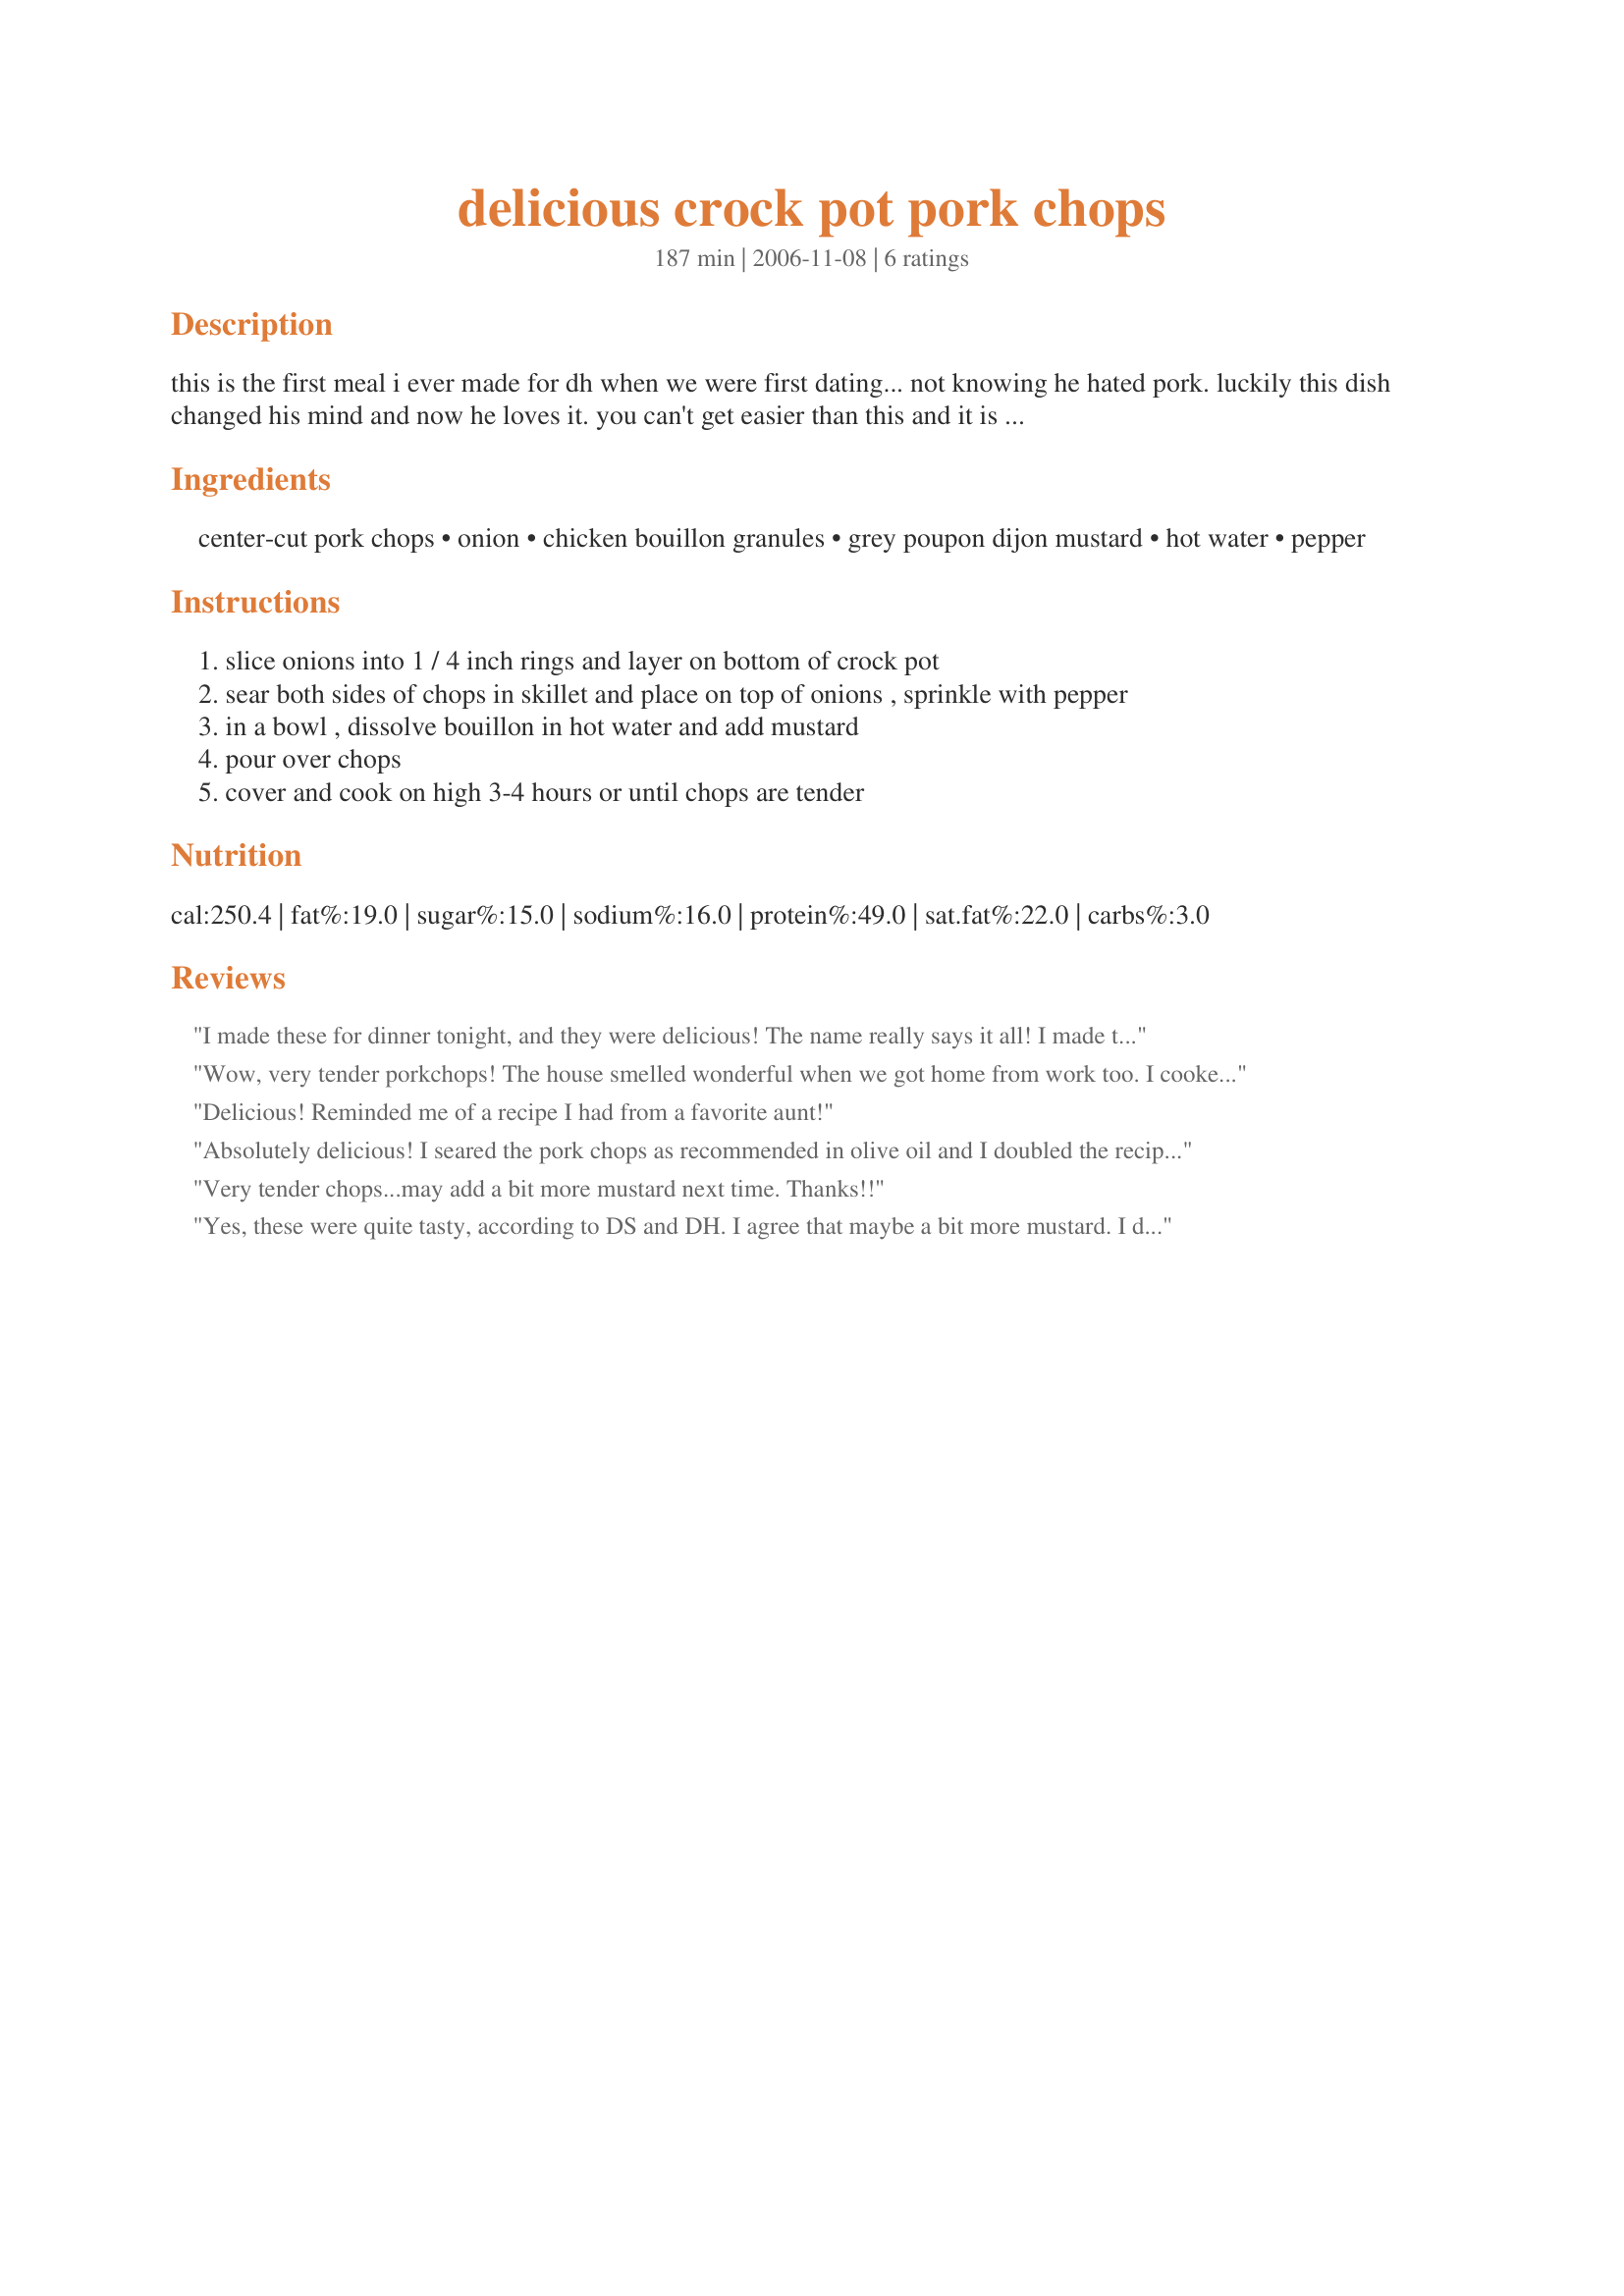
delicious crock pot pork chops
Preparation time: 187 minutes

this is the first meal i ever made for dh when we were first dating... not knowing he hated pork. luckily this dish changed his mind and now he loves it. you can't get easier than this and it is so tasty! the chops don't have to be seared first if you don't have time but it definitely adds to the flavor. i like to serve over white rice.

Ingredients:
center-cut pork chops, onion, chicken bouillon granules, grey poupon dijon mustard, hot water, pepper

Steps:
slice onions into 1 / 4 inch rings and layer on bottom of crock pot
sear both sides of chops in skillet and place on top of onions , sprinkle with pepper
in a bowl , dissolve bouillon in hot water and add mustard
pour over chops
cover and cook on high 3-4 hours or until chops are tender

Reviews:
I made these for dinner tonight, and they were delicious! The name really says it all! I made this recipe exactly as written, and the chops were perfect. I think you're right about searing the chops first, they had a nice crust on them when they were done and it really added to the flavor. I served with oven roasted greek potatoes! Thanks for another keeper KLBoyle!!!
Wow, very tender porkchops! The house smelled wonderful when we got home from work too. I cooked it six hours on low since I knew I was going to be home later. Thanks for a keeper!
Delicious! Reminded me of a recipe I had from a favorite aunt!
Absolutely delicious! I seared the pork chops as recommended in olive oil and I doubled the recipe using 4 center-cut pork chops and used 1 1/2 hot water and 2 chicken bouillion cubes with 4 Tbs. dijon mustard. The chops were very tender after simmering in crockpot for 3 hours on medium high. Loved the flavor! This will be made many times in the future. Thanks so much for sharing the recipe. :)
Very tender chops...may add a bit more mustard next time. Thanks!!
Yes, these were quite tasty, according to DS and DH. I agree that maybe a bit more mustard. I didn't sear and so that's my fault. All in all a good night's meal. Thanks for sharing KL.
